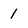
Character: 1